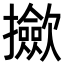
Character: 𢹦